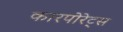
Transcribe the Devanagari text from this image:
कारपोरेट्स